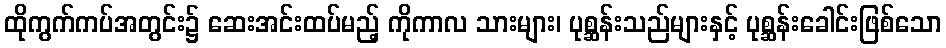
ထိုကွက်ကပ်အတွင်း၌ ဆေးအင်းထပ်မည့် ကိုကာလ သားများ၊ ပုစ္ဆန်းသည်များနှင့် ပုစ္ဆန်းခေါင်းဖြစ်သော